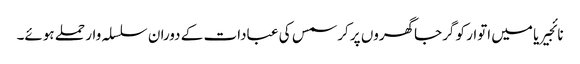
نائجیریا میں اتوار کو گرجاگھروں پر کرسمس کی عبادات کے دوران سلسلہ وار حملے ہوئے۔